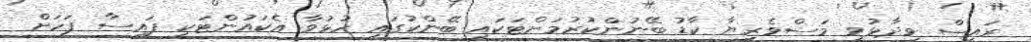
ރައީސް ވިދާޅުވީ މަސްވެރިޔާ ކާޑު ބޭނުންކުރުމަށްޓަކައި ބޭންކުގައި ހުޅުވާ އެކައުންޓަކީ ފައިސާ ފަހަށް